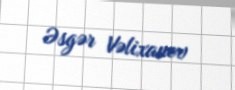
Əsgər Vəlixanov